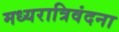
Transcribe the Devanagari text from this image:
मध्यरात्रिवंदना